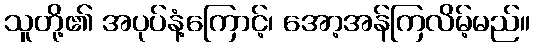
သူတို့၏ အပုပ်နံ့ကြောင့်၊ အော့အန်ကြလိမ့်မည်။